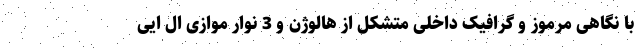
با نگاهی مرموز و گرافیک داخلی متشکل از هالوژن و 3 نوار موازی ال ایی